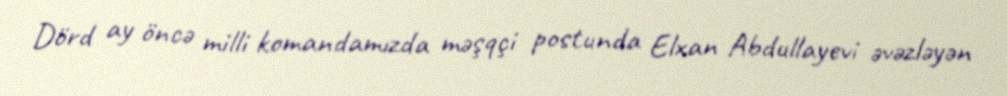
Dörd ay öncə milli komandamızda məşqçi postunda Elxan Abdullayevi əvəzləyən